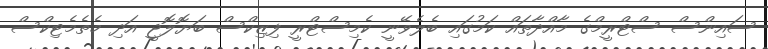
ސައިންސް ސްޓްރީމްގެ މާއްދާތައް ކަމުގައި ބެލެވޭނީ ކެމިސްޓްރީ ފިޒިކްސް ބަޔޮލޮޖީ އަދި މެތެމެޓިކްސް